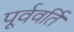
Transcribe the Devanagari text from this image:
पूर्ववर्ति